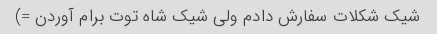
شیک شکلات سفارش دادم ولی شیک شاه توت برام آوردن =)